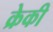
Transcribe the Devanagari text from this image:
क्रेकी